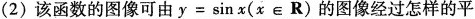
(2)该函数的图像可由y=sinx(xe R)的图像经过怎样的平